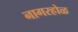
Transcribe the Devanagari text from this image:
नागरहोळ